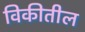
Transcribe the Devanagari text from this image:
विकीतील